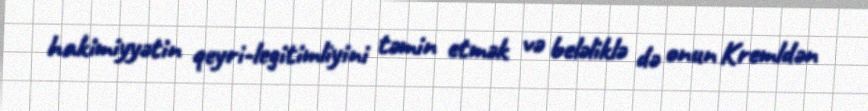
hakimiyyətin qeyri-legitimliyini təmin etmək və beləliklə də onun Kremldən